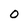
Character: 0